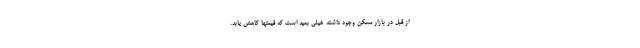
از قبل در بازار مسکن وجود داشته خیلی بعید است که قیمتها کاهش یابد.